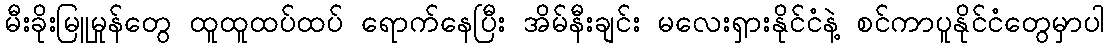
မီးခိုးမြူမှုန်တွေ ထူထူထပ်ထပ် ရောက်နေပြီး အိမ်နီးချင်း မလေးရှားနိုင်ငံနဲ့ စင်ကာပူနိုင်ငံတွေမှာပါ